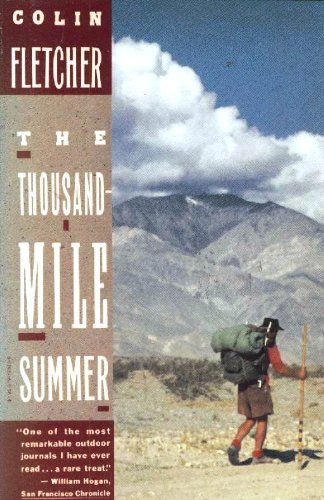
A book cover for Thousand-Mile Summer; Colin Fletcher; Travel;